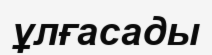
ұлғасады